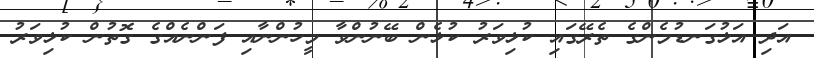
އަދި އަޅުގަނޑުމެންގެ ތެރޭގައި ކުޅިވަރު ކުޅެން ބޭނުންވާ މީހުންނާއި ފަންނެއްގެ ގޮތުން ކުޅިވަރު